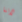
لاننا